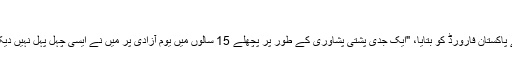
"
انہوں نے پاکستان فارورڈ کو بتایا، "ایک جدی پشتی پشاوری کے طور پر پچھلے 15 سالوں میں یومِ آزادی پر میں نے ایسی چہل پہل نہیں دیکھی تھی۔